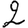
Digit: 2